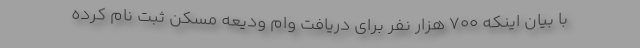
با بیان اینکه ۷۰۰ هزار نفر برای دریافت وام ودیعه مسکن ثبت نام کرده